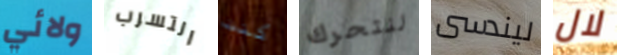
ولائي التسرب كنت لنتحرك ليندسى لال